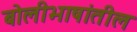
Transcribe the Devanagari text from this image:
बोलीभाषांतील